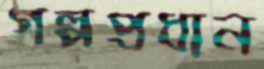
গল্পপ্রধান